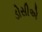
ડોસીએ